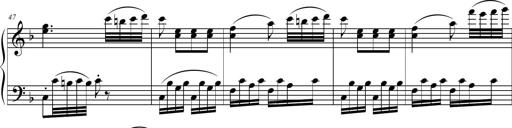
Title: 2 Sonatines faciles et brillantes pour le piano-forte seul
Composer: Carl Czerny